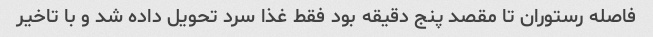
فاصله رستوران تا مقصد پنج دقیقه بود فقط غذا سرد تحویل داده شد و با تاخیر